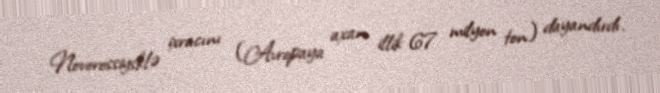
Novorossiysklə ixracını (Avropaya axan illik 67 milyon ton) dayandırdı.